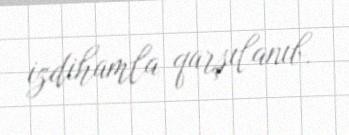
izdihamla qarşılanıb.